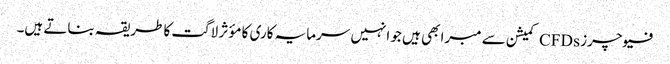
فیوچرز CFDs کمیشن سے مبرا بھی ہیں جو انہیں سرمایہ کاری کا مؤثر لاگت کا طریقہ بناتے ہیں۔